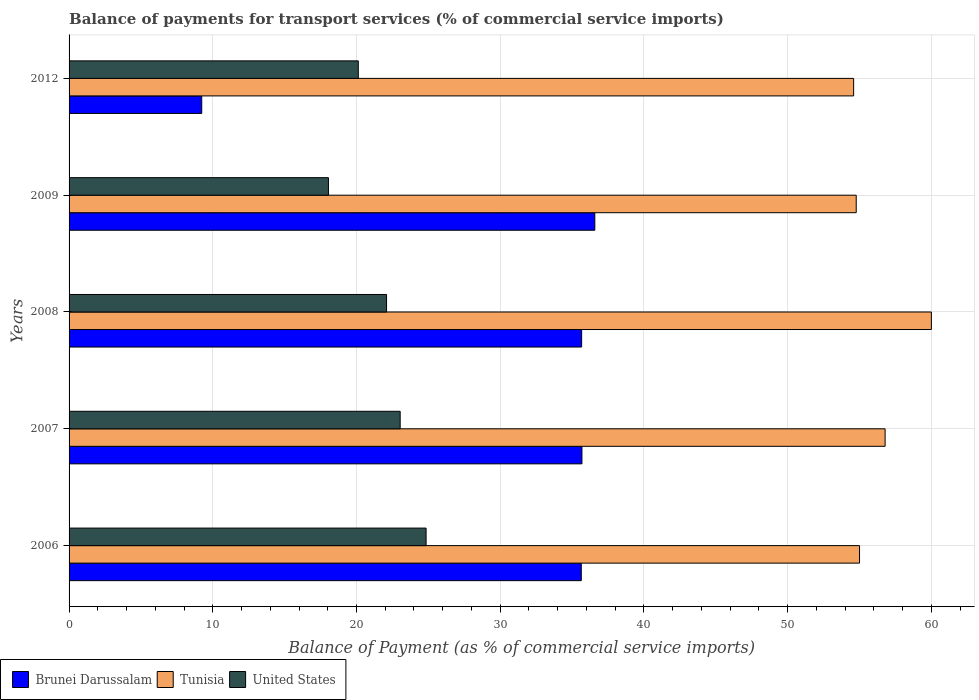
| Years | Brunei Darussalam | Tunisia | United States |
 | --- | --- | --- | --- |
 | 2006 | 35.6 | 55 | 24.8 |
 | 2007 | 35.7 | 56.8 | 23 |
 | 2008 | 35.7 | 60 | 22.1 |
 | 2009 | 36.6 | 54.8 | 18 |
 | 2012 | 9.23 | 54.6 | 20.1 |